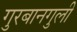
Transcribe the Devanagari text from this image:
गुरबानगुली